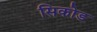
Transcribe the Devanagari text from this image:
सिकोड